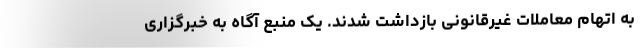
به اتهام معاملات غیرقانونی بازداشت شدند. یک منبع آگاه به خبرگزاری